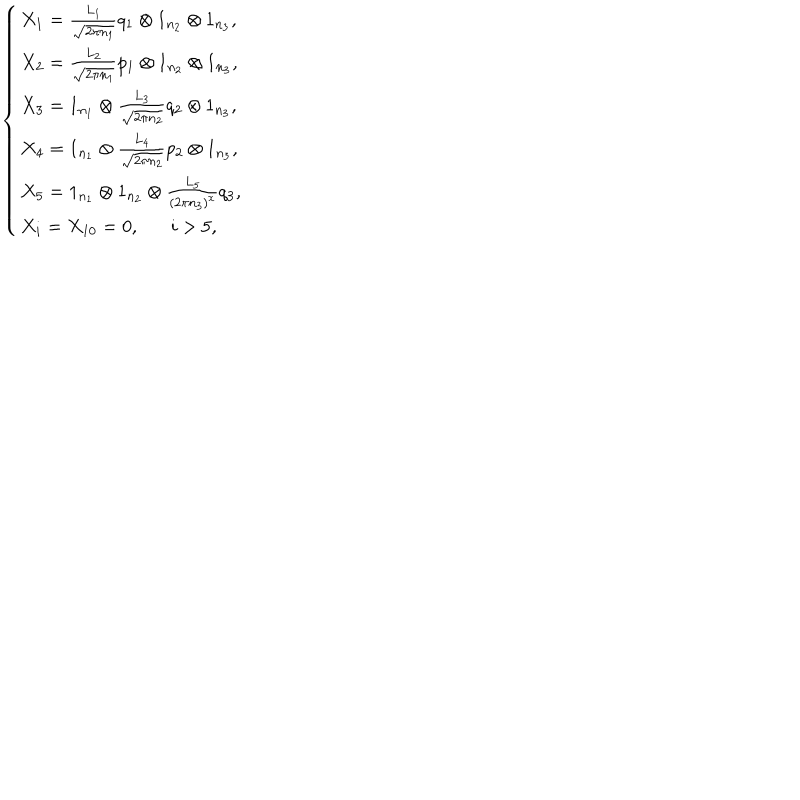
\left\{ \begin{array} { l l l } { { X _ { 1 } = \frac { L _ { 1 } } { \sqrt { 2 \pi n _ { 1 } } } q _ { 1 } \otimes 1 _ { n _ { 2 } } \otimes 1 _ { n _ { 3 } } , } } \\ { { X _ { 2 } = \frac { L _ { 2 } } { \sqrt { 2 \pi n _ { 1 } } } p _ { 1 } \otimes 1 _ { n _ { 2 } } \otimes 1 _ { n _ { 3 } } , } } \\ { { X _ { 3 } = 1 _ { n _ { 1 } } \otimes \frac { L _ { 3 } } { \sqrt { 2 \pi n _ { 2 } } } q _ { 2 } \otimes 1 _ { n _ { 3 } } , } } \\ { { X _ { 4 } = 1 _ { n _ { 1 } } \otimes \frac { L _ { 4 } } { \sqrt { 2 \pi n _ { 2 } } } p _ { 2 } \otimes 1 _ { n _ { 3 } } , } } \\ { { X _ { 5 } = 1 _ { n _ { 1 } } \otimes 1 _ { n _ { 2 } } \otimes \frac { L _ { 5 } } { ( 2 \pi n _ { 3 } ) ^ { x } } q _ { 3 } , } } \\ { { X _ { i } = X _ { 1 0 } = 0 , i > 5 , } } \\ \end{array} \right.